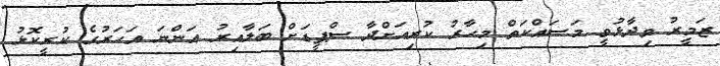
ޒަމީރު ވިދާޅުވީ މަސައްކަތް މިހާރު ކުރިއަށްދާ ސްޕީޑަށް ބަލާއިރު އަންނަ އަހަރުގެ ކުރީކޮޅު